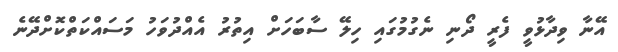
އޭނާ ވިދާޅުވީ ފެރީ ދޯނި ނެގުމުގައި ހިލޭ ސާބަހަށް އިތުރު އެއްދުވަހު މަސައްކަތްކޮށްދޭނެ